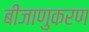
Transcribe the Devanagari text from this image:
बीजाणुकरण